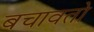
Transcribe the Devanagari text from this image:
बचावतो